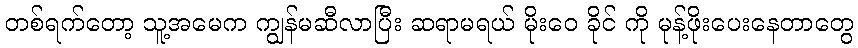
တစ်ရက်တော့ သူ့အမေက ကျွန်မဆီလာပြီး ဆရာမရယ် မိုးဝေ ခိုင် ကို မုန့်ဖိုးပေးနေတာတွေ